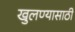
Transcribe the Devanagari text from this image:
खुलण्यासाठी